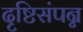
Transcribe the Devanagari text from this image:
दृष्टिसंपन्न